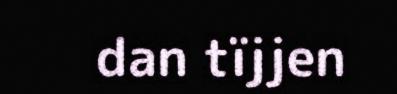
dan tïjjen